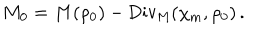
LaTeX: M _ { 0 } = M ( \rho _ { 0 } ) - \mathrm { D i v _ { M } } ( \chi _ { \mathrm { m } } , \rho _ { 0 } ) \, .